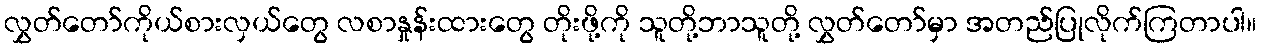
လွှတ်တော်ကိုယ်စားလှယ်တွေ လစာနှုန်းထားတွေ တိုးဖို့ကို သူတို့ဘာသူတို့ လွှတ်တော်မှာ အတည်ပြုလိုက်ကြတာပါ။